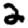
Digit: 2